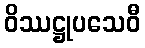
ဝိဿဋ္ဌုပသေဝီ